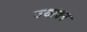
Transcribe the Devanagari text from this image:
ज्याचन